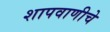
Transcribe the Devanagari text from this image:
शापवाणीचे